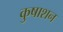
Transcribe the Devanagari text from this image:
कुषाशन